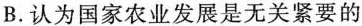
B.认为国家农业发展是无关紧要的